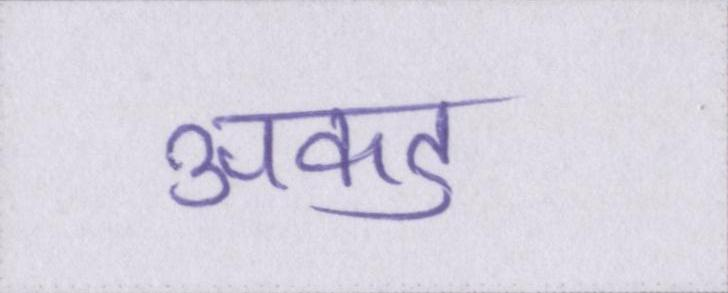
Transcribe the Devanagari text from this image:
अकड